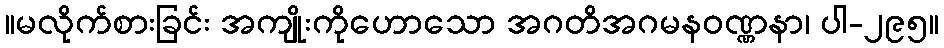
။မလိုက်စားခြင်း အကျိုးကိုဟောသော အဂတိအဂမနဝဏ္ဏနာ၊ ပါ-၂၉၅။